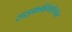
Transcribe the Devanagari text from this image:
साइक्लोहेक्सेनोल